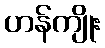
ဟန်ကျိုး